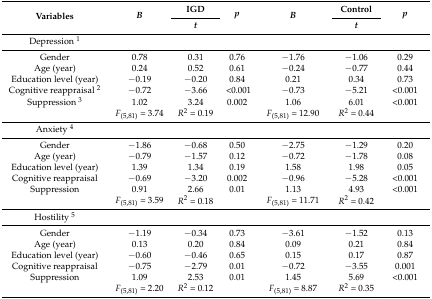
<table><thead><tr><td rowspan="2"><b>Variables</b></td><td rowspan="2"><b><i>B</i></b></td><td><b>IGD</b></td><td rowspan="2"><b><i>p</i></b></td><td rowspan="2"><b><i>B</i></b></td><td><b>Control</b></td><td rowspan="2"><b><i>p</i></b></td></tr><tr><td><b><i>t</i></b></td><td><b><i>t</i></b></td></tr></thead><tbody><tr><td>Depression <sup>1</sup></td><td></td><td></td><td></td><td></td><td></td><td></td></tr><tr><td>Gender</td><td>0.78</td><td>0.31</td><td>0.76</td><td>−1.76</td><td>−1.06</td><td>0.29</td></tr><tr><td>Age (year)</td><td>0.24</td><td>0.52</td><td>0.61</td><td>−0.24</td><td>−0.77</td><td>0.44</td></tr><tr><td>Education level (year)</td><td>−0.19</td><td>−0.20</td><td>0.84</td><td>0.21</td><td>0.34</td><td>0.73</td></tr><tr><td>Cognitive reappraisal <sup>2</sup></td><td>−0.72</td><td>−3.66</td><td>&lt;0.001</td><td>−0.73</td><td>−5.21</td><td>&lt;0.001</td></tr><tr><td>Suppression <sup>3</sup></td><td>1.02</td><td>3.24</td><td>0.002</td><td>1.06</td><td>6.01</td><td>&lt;0.001</td></tr><tr><td></td><td><i>F</i><sub>(5,81)</sub> = 3.74</td><td><i>R</i><sup>2</sup> = 0.19</td><td></td><td><i>F</i><sub>(5,81)</sub> = 12.90</td><td><i>R</i><sup>2</sup> = 0.44</td><td></td></tr><tr><td>Anxiety <sup>4</sup></td><td></td><td></td><td></td><td></td><td></td><td></td></tr><tr><td>Gender</td><td>−1.86</td><td>−0.68</td><td>0.50</td><td>−2.75</td><td>−1.29</td><td>0.20</td></tr><tr><td>Age (year)</td><td>−0.79</td><td>−1.57</td><td>0.12</td><td>−0.72</td><td>−1.78</td><td>0.08</td></tr><tr><td>Education level (year)</td><td>1.39</td><td>1.34</td><td>0.19</td><td>1.58</td><td>1.98</td><td>0.05</td></tr><tr><td>Cognitive reappraisal</td><td>−0.69</td><td>−3.20</td><td>0.002</td><td>−0.96</td><td>−5.28</td><td>&lt;0.001</td></tr><tr><td>Suppression</td><td>0.91</td><td>2.66</td><td>0.01</td><td>1.13</td><td>4.93</td><td>&lt;0.001</td></tr><tr><td></td><td><i>F</i><sub>(5,81)</sub> = 3.59</td><td><i>R</i><sup>2</sup> = 0.18</td><td></td><td><i>F</i><sub>(5,81)</sub> = 11.71</td><td><i>R</i><sup>2</sup> = 0.42</td><td></td></tr><tr><td>Hostility <sup>5</sup></td><td></td><td></td><td></td><td></td><td></td><td></td></tr><tr><td>Gender</td><td>−1.19</td><td>−0.34</td><td>0.73</td><td>−3.61</td><td>−1.52</td><td>0.13</td></tr><tr><td>Age (year)</td><td>0.13</td><td>0.20</td><td>0.84</td><td>0.09</td><td>0.21</td><td>0.84</td></tr><tr><td>Education level (year)</td><td>−0.60</td><td>−0.46</td><td>0.65</td><td>0.15</td><td>0.17</td><td>0.87</td></tr><tr><td>Cognitive reappraisal</td><td>−0.75</td><td>−2.79</td><td>0.01</td><td>−0.72</td><td>−3.55</td><td>0.001</td></tr><tr><td>Suppression</td><td>1.09</td><td>2.53</td><td>0.01</td><td>1.45</td><td>5.69</td><td>&lt;0.001</td></tr><tr><td></td><td><i>F</i><sub>(5,81)</sub> = 2.20</td><td><i>R</i><sup>2</sup> = 0.12</td><td></td><td><i>F</i><sub>(5,81)</sub> = 8.87</td><td><i>R</i><sup>2</sup> = 0.35</td><td></td></tr></tbody></table>